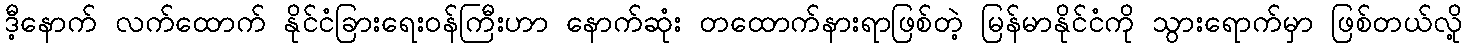
ဒီ့နောက် လက်ထောက် နိုင်ငံခြားရေးဝန်ကြီးဟာ နောက်ဆုံး တထောက်နားရာဖြစ်တဲ့ မြန်မာနိုင်ငံကို သွားရောက်မှာ ဖြစ်တယ်လို့